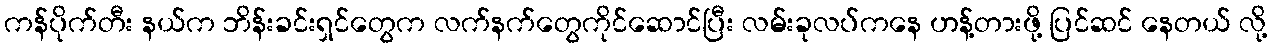
ကန်ပိုက်တီး နယ်က ဘိန်းခင်းရှင်တွေက လက်နက်တွေကိုင်ဆောင်ပြီး လမ်းခုလပ်ကနေ ဟန့်တားဖို့ ပြင်ဆင် နေတယ် လို့